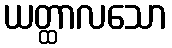
ယတ္ထာလသော